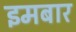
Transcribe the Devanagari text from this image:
इमबार